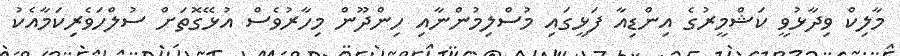
މާލިކް ވިދާޅުވީ ކަޝްމީރުގެ އިންޑިއާ ފަޅީގައި މުސްލިމުންނާއި ހިންދޫން މިހާރުވެސް އުޅޭގޮތަށް ސުލްހަވެރިކަމާއެކު